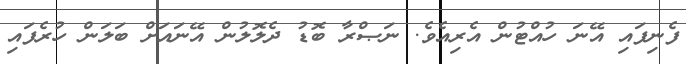
ފެނިފައި އޭނަ ހުއްޓުން އެރިއެވެ. ނަޞްރާ ބޮޑު ދެލޮލުން އޭނައަށް ބަލަން ހުރެފައި